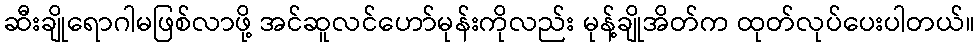
ဆီးချိုရောဂါမဖြစ်လာဖို့ အင်ဆူလင်ဟော်မုန်းကိုလည်း မုန့်ချိုအိတ်က ထုတ်လုပ်ပေးပါတယ်။